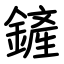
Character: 鏟